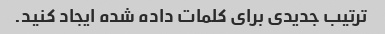
ترتیب جدیدی برای کلمات داده شده ایجاد کنید.